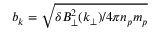
b _ { k } = \sqrt { \delta B _ { \perp } ^ { 2 } ( k _ { \perp } ) / 4 \pi n _ { p } m _ { p } }